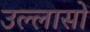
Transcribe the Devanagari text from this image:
उल्लासों